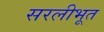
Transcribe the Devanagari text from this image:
सरलीभूत